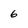
Character: 6